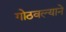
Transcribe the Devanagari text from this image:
गोठवल्याने